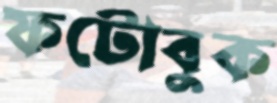
ফটোবুক